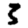
Digit: 3